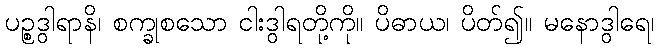
ပဉ္စဒွါရာနိ၊ စက္ခုစသော ငါးဒွါရတို့ကို။ ပိဓာယ၊ ပိတ်၍။ မနောဒွါရေ၊